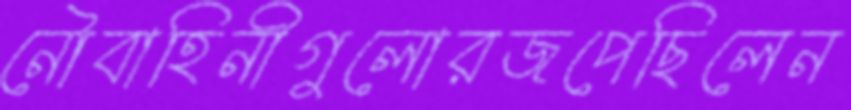
নৌবাহিনীগুলোরজপেছিলেন